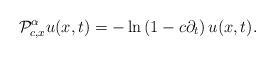
LaTeX: \begin{align*}\mathcal{P}_{c,x}^{\alpha }u(x,t)=-\ln \left( 1-c\partial _{t}\right) u(x,t).\end{align*}